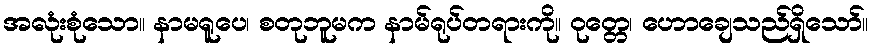
အလုံးစုံသော။ နာမရူပေ၊ စတုဘူမက နာမ်ရုပ်တရားကို။ ဝုတ္တေ၊ ဟောချေသည်ရှိသော်။